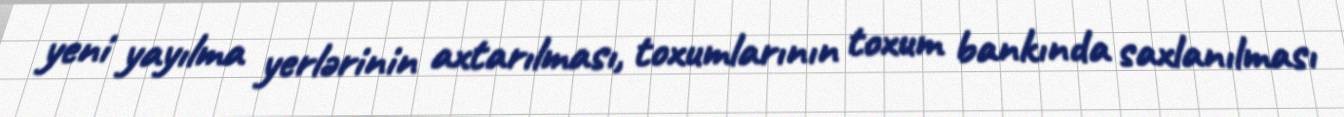
yeni yayılma yerlərinin axtarılması, toxumlarının toxum bankında saxlanılması